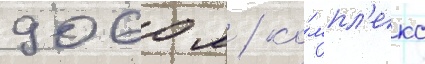
9060 м / ко́мпл'екс